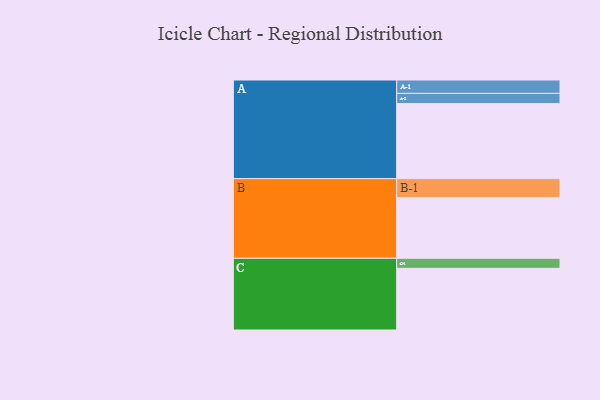
{"axis": {"x": "Segment", "y": "Value"}, "legend": ["", "A", "B", "C"], "data": [{"x": "A", "y": 589, "type": ""}, {"x": "B", "y": 477, "type": ""}, {"x": "C", "y": 484, "type": ""}, {"x": "A-1", "y": 105, "type": "A"}, {"x": "A-2", "y": 80, "type": "A"}, {"x": "B-1", "y": 148, "type": "B"}, {"x": "C-1", "y": 79, "type": "C"}]}